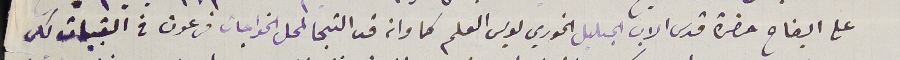
على ايضاح حضرة قدس الاب الجليل الخوري لويس العلم كما وانه قد التجا لمحل الخواجات فرعون فى القبيات لكى